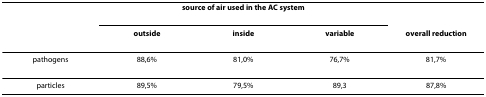
<table><thead><tr><td></td><td colspan="3"><b>source of air used in the AC system</b></td><td></td></tr><tr><td></td><td><b>outside</b></td><td><b>inside</b></td><td><b>variable</b></td><td><b>overall reduction</b></td></tr></thead><tbody><tr><td>pathogens</td><td>88,6%</td><td>81,0%</td><td>76,7%</td><td>81,7%</td></tr><tr><td>particles</td><td>89,5%</td><td>79,5%</td><td>89,3</td><td>87,8%</td></tr></tbody></table>